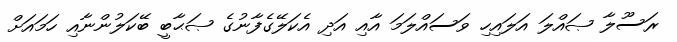
ރަސޫލާ ޞައްލަ އަލައިހި ވަސައްލަމަ އާއި އަދި އެކަލޭގެފާނުގެ ޞަޙާބީ ބޭކަލުންނާއި ހަމައަށް